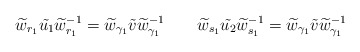
\begin{align*}\widetilde w_{r_1}\tilde{u_1}\widetilde{w}_{r_1}^{-1}=\widetilde w_{\gamma_1}\tilde{v}\widetilde{w}_{\gamma_1}^{-1}\qquad\widetilde w_{s_1}\tilde{u_2} \widetilde{w}_{s_1}^{-1}=\widetilde w_{\gamma_1}\tilde{v}\widetilde{w}_{\gamma_1}^{-1}\end{align*}